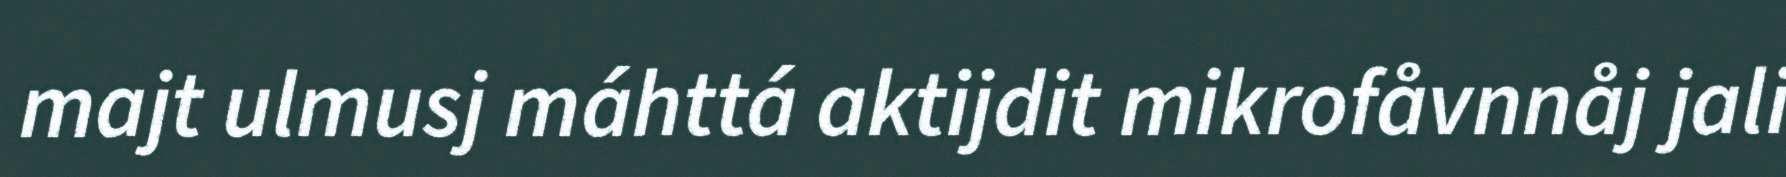
majt ulmusj máhttá aktijdit mikrofåvnnåj jali